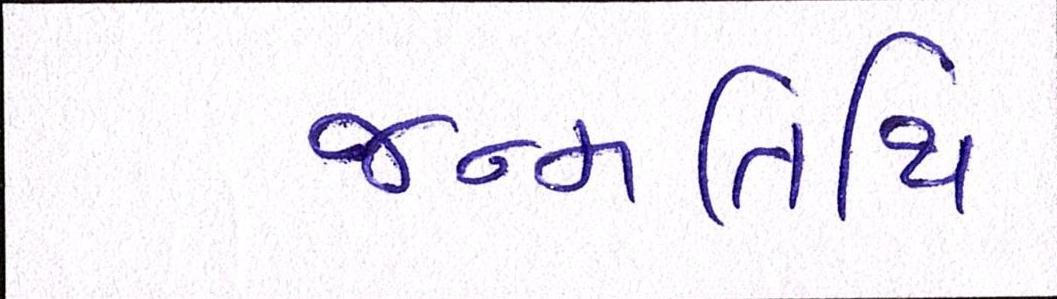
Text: જન્મતિથિ